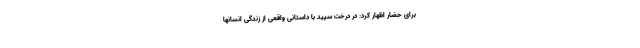
برای حضار اظهار کرد: در درخت سپید با داستانی واقعی از زندگی انسانها